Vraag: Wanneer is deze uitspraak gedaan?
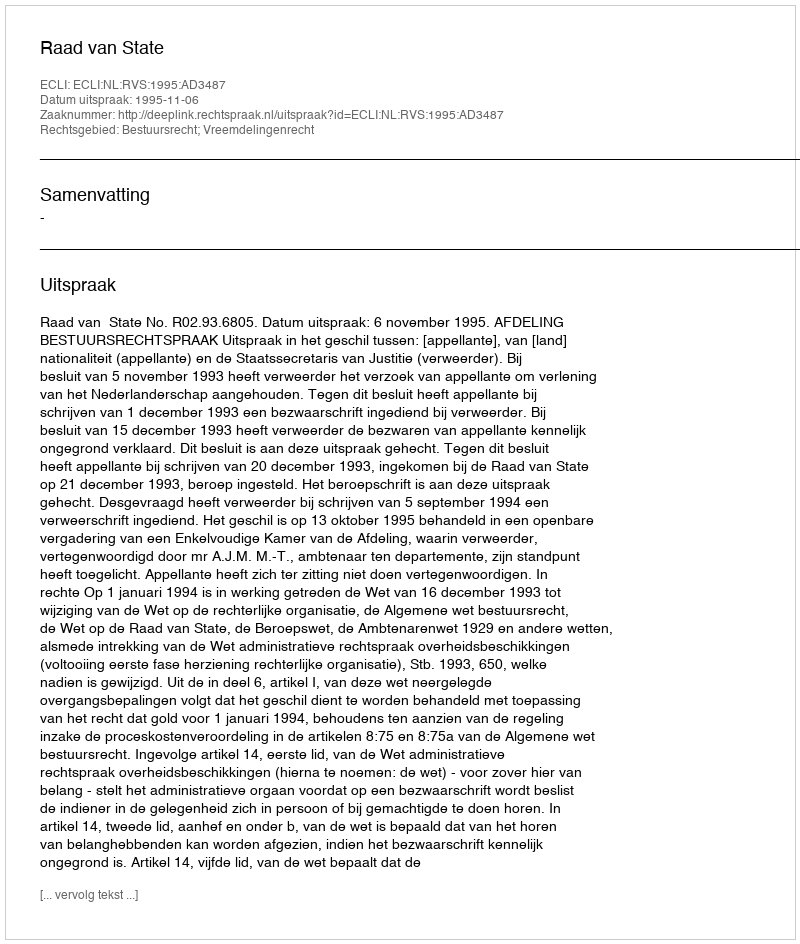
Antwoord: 1995-11-06